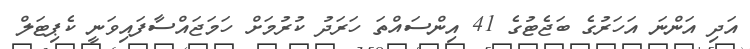
އަދި އަންނަ އަހަރުގެ ބަޖެޓުގެ 41 އިންސައްތަ ހަރަދު ކުރުމަށް ހަމަޖައްސާފައިވަނީ ކެޕިޓަލް